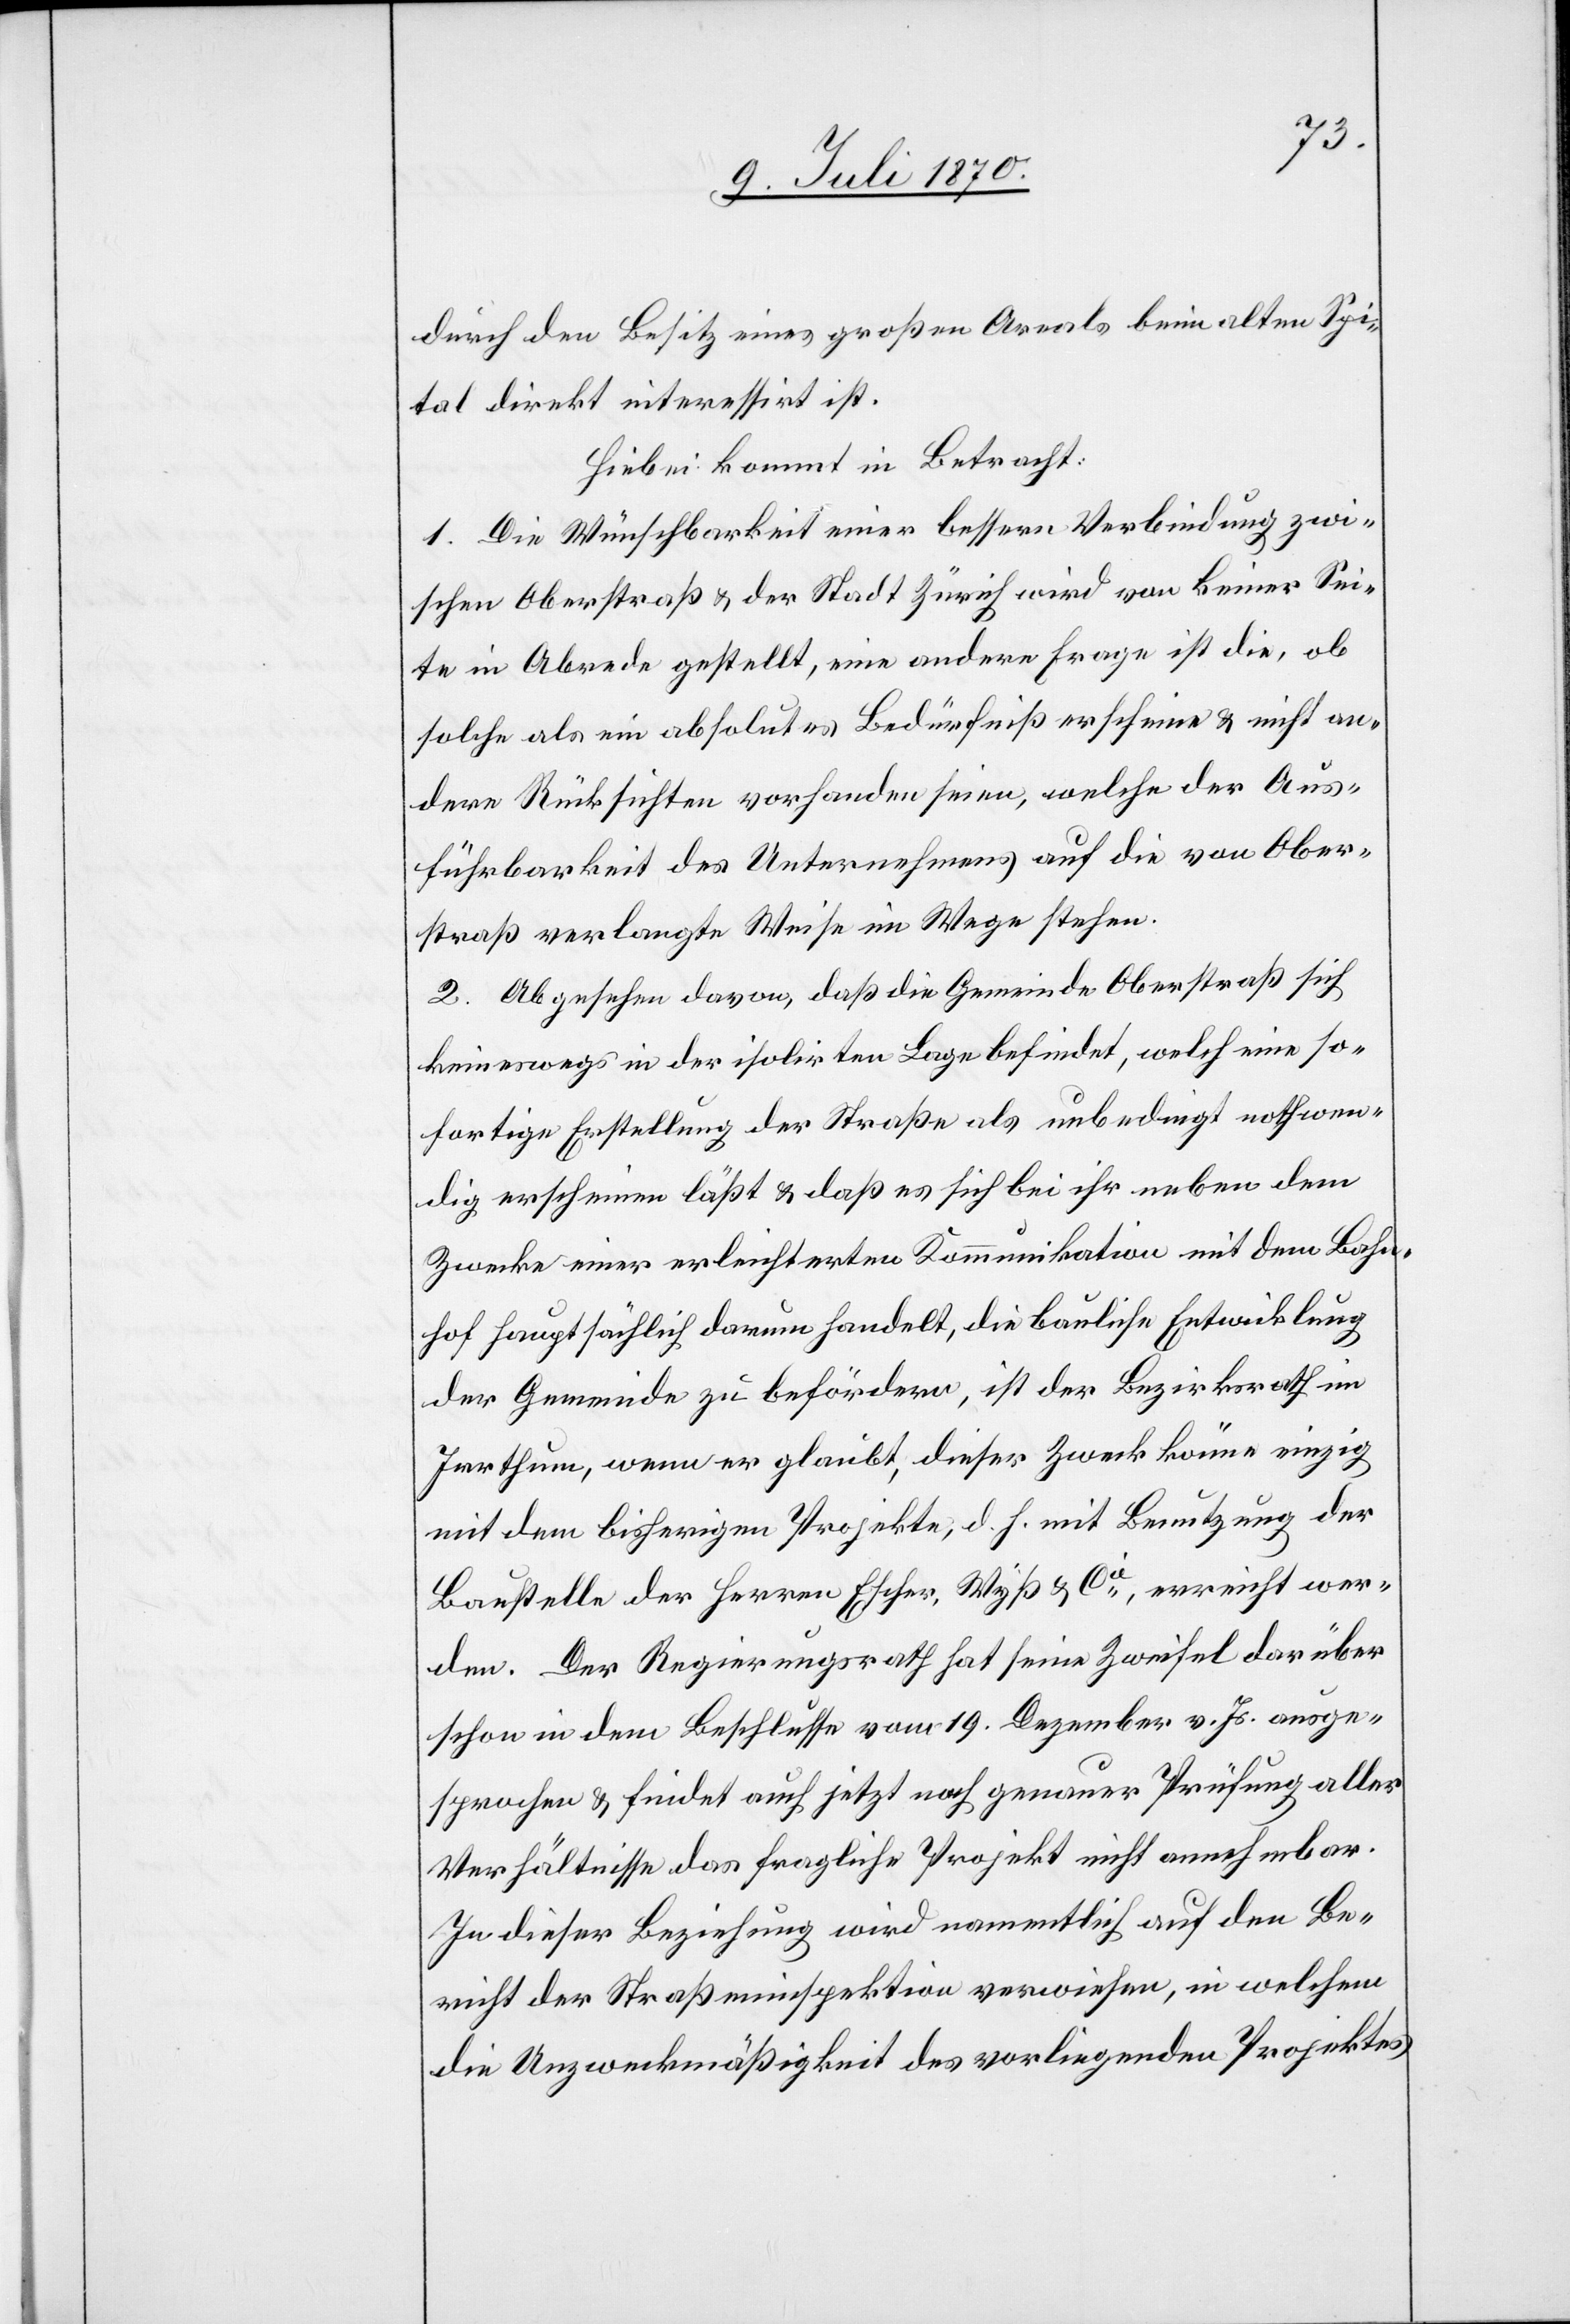
durch den Besitz eines großen Areals beim alten Spi¬
tal direkt interessirt ist.
Hiebei kommt in Betracht:
1. Die Wünschbarkeit einer bessern Verbindung zwi¬
schen Oberstraß & der Stadt Zürich wird von keiner Sei¬
te in Abrede gestellt, eine andere Frage ist die, ob
solche als ein absolutes Bedürfniß erscheine & nicht an¬
dere Rücksichten vorhanden seien, welche der Aus¬
führbarkeit des Unternehmens auf die von Ober¬
straß verlangte Weise im Wege stehen.
2. Abgesehen davon, daß die Gemeinde Oberstraß sich
keineswegs in der isolirten Lage befindet, welch[e] eine so¬
fortige Erstellung der Straße als unbedingt nothwen¬
dig erscheinen läßt & daß es sich bei ihr neben dem
Zwecke einer erleichterten Kommunikation mit dem Bahn¬
hof hauptsächlich darum handelt, die bauliche Entwicklung
der Gemeinde zu befördern, ist der Bezirksrath im
Irrthum, wenn er glaubt, dieser Zweck könne einzig
mit dem bisherigen Projekte, d. h. mit Benutzung der
Baustelle der Herren Escher, Wyß & Cie, erreicht wer¬
den. Der Regierungsrath hat seine Zweifel darüber
schon in dem Beschlusse vom 19. Dezember v. Js. ausge¬
sprochen & findet auch jetzt nach genauer Prüfung aller
Verhältnisse das fragliche Projekt nicht annehmbar.
In dieser Beziehung wird namentlich auf den Be¬
richt der Straßeninspektion verwiesen, in welchem
die Unzweckmäßigkeit des vorliegenden Projektes